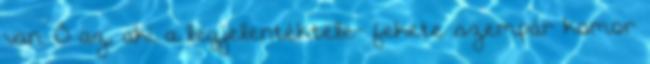
van. Ő az, aki a legjelentéktele- fekete szempár komor